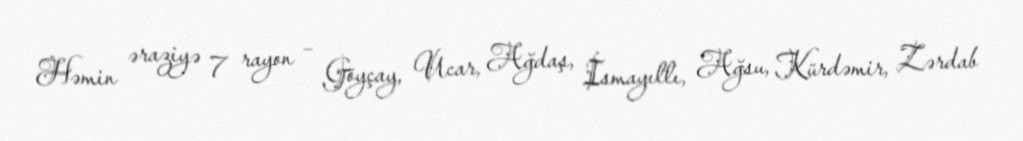
Həmin əraziyə 7 rayon – Göyçay, Ucar, Ağdaş, İsmayıllı, Ağsu, Kürdəmir, Zərdab